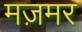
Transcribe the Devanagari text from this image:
मज़मर